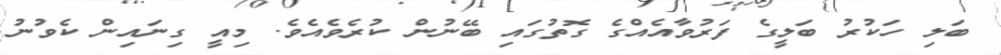
ބަލި ހަކުރު ބަލީގެ ފަރުވާއެއްގެ ގޮތުގައި ބޭނުން ކުރެވެއެވެ. މިއީ ގިނައިން ކެވުނު